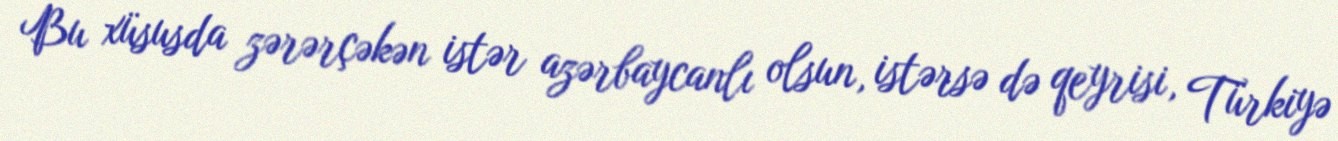
Bu xüsusda zərərçəkən istər azərbaycanlı olsun, istərsə də qeyrisi, Türkiyə